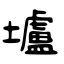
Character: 壚